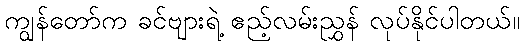
ကျွန်တော်က ခင်ဗျားရဲ့ ဧည့်လမ်းညွှန် လုပ်နိုင်ပါတယ်။